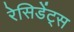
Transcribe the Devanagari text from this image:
रेसिडेंट्स